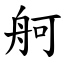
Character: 舸